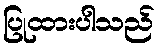
ပြုထားပါသည်